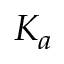
K _ { a }